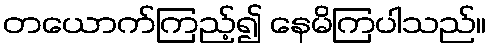
တယောက်ကြည့်၍ နေမိကြပါသည်။